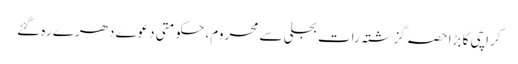
کراچی کا بڑا حصہ گزشتہ رات بجلی سے محروم، حکومتی دعوے دھرے رہ گئے